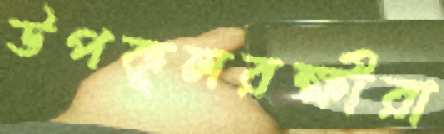
উপকূলরক্ষীরা